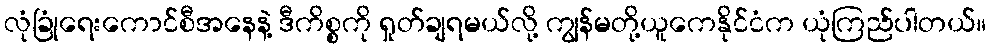
လုံခြုံရေးကောင်စီအနေနဲ့ ဒီကိစ္စကို ရှုတ်ချရမယ်လို့ ကျွန်မတို့ယူကေနိုင်ငံက ယုံကြည်ပါတယ်။